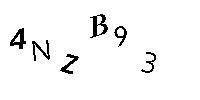
4NZB93